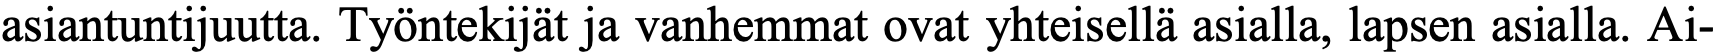
asiantuntijuutta. Työntekijät ja vanhemmat ovat yhteisellä asialla, lapsen asialla. Ai-